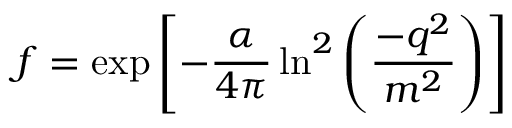
f = \exp \left[ - \frac { \alpha } { 4 \pi } \ln ^ { 2 } \left( \frac { - q ^ { 2 } } { m ^ { 2 } } \right) \right]